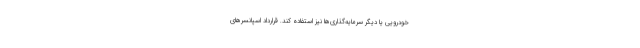
خودرویی یا دیگر سرمایه‌گذاری‌ها نیز استفاده کند. قرارداد اسپانسرهای